Report of the Indian Hemp Drugs Commission, 1894-1895 - Volume VII
Year: 1894
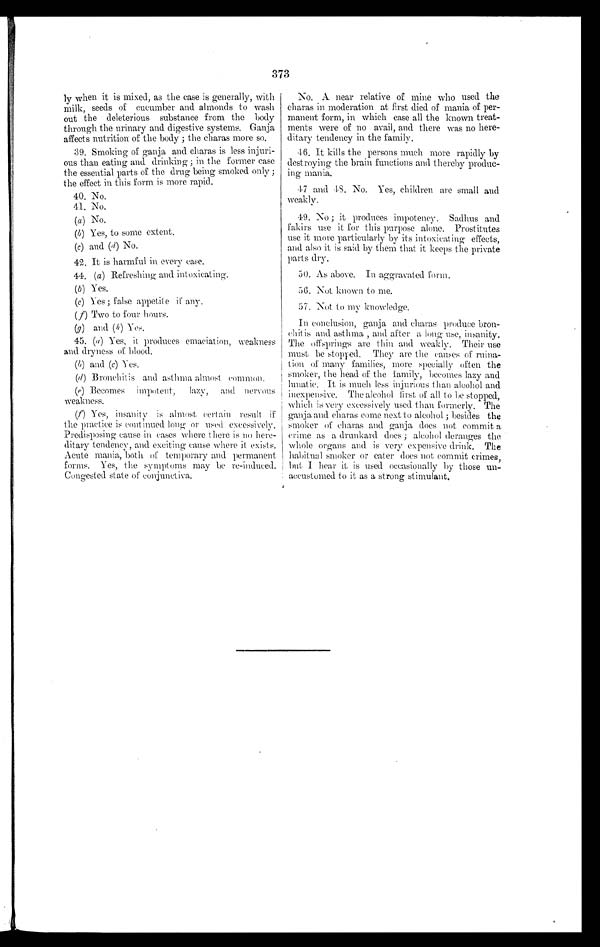
373
ly when it is mixed, as the ease is generally, with
milk, seeds of cucumber and almonds to wash
out the deleterious substance from the body
through the urinary and digestive systems. Ganja
affects nutrition of the body ; the charas more so.
39. Smoking of ganja and charas is less injuri-
ous than eating and drinking ; in the former case
the essential parts of the drug being smoked only ;
the effect in this form is more rapid.
40. No.
41. No.
(a) No.
(b) Yes, to some extent.
(c) and (d) No.
42.. It is harmful in every case.
44. (a) Refreshing and intoxicating.
(b) Yes.
(c) Yes ; false appetite if any.
(f) Two to four hours.
(g) and (h) Yes .
45. (a) Yes, it produces emaciation, weakness
and dryness of blood.
(b) and (c) Yes.
(d) Bronchitis and asthma almost common.
(e) Becomes Impotent, lazy, and nervous
weakness.
(f) Yes, insanity is almost certain result if
the practice is continued long or used excessively.
Predisposing cause in cases where there is no here-
ditary tendency, and exciting cause where it exists.
Acute mania, both of temporary and permanent
forms. Yes, the symptoms may be re-induced.
Congested state of conjunctiva.
No. A near relative of mine who used the
charas in moderation at first died of mania of per-
manent form, in which ease all the known treat-
ments were of no avail, and there was no here-
ditary tendency in the family.
46. It kills the persons much more rapidly by
destroying the brain functions and thereby produc-
ing mania.
47 and 48. No. Yes, children are small and
weakly.
49. No ; it produces impotency. Sadhus and
fakirs use it for this purpose alone. Prostitutes
use it more particularly by its intoxicating; effects,
and also it is said by them that it keeps the private
parts dry.
50. As above. In aggravated, form.
56. Not known to me.
57. Not to my knowledge.
In conclusion, ganja and charas produce
b r o n - c h i t i s a n d a s t h m a , a n d a f t e r a l o n g u s e , i n s a n i t y .
The offsprings are thin and weakly. Their use
must be stopped. They are the causes of ruina-
tion of many families, more specially often the
smoker, -the head, of the family, becomes lazy and
lunatic. It is much less injurious than alcohol and
inexpensive. The alcohol first of all to be stopped,
which is very excessively used than formerly. The
ganja and charas come next to alcohol ; besides the
smoker of charas and ganja does not commit a
crime as a drunkard does ; alcohol deranges the
whole organs and is very expensive drink. The
habitual smoker or eater does not commit crimes,
but I hear it, is used occasionally by those un-
accustomed to it as a strong stimulant.